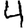
Digit: 4